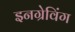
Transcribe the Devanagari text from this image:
इनग्रेविंग